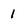
Character: I